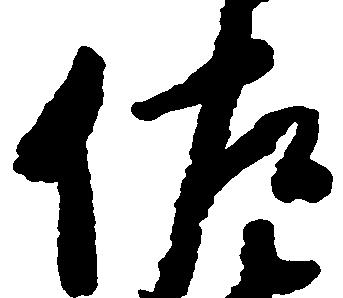
佐